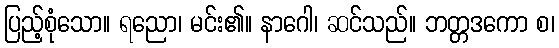
ပြည့်စုံသော။ ရညော၊ မင်း၏။ နာဂေါ၊ ဆင်သည်။ ဘတ္တဒကော စ၊